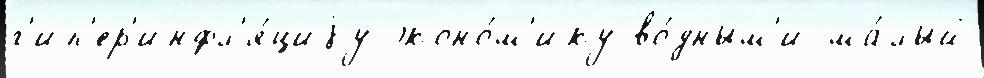
г'ип'ер'инфл'я́циjу эконо́м'ику во́дным'и ма́лый